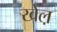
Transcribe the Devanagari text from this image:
खेल़